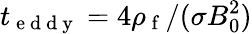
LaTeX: t_{\mathrm{~e~d~d~y~}}=4\rho_{\mathrm{~f~}}/(\sigma B_{0}^{2})